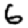
Digit: 6